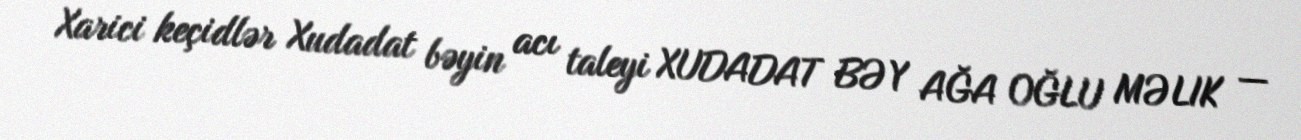
Xarici keçidlər Xudadat bəyin acı taleyi XUDADAT BƏY AĞA OĞLU MƏLIK —